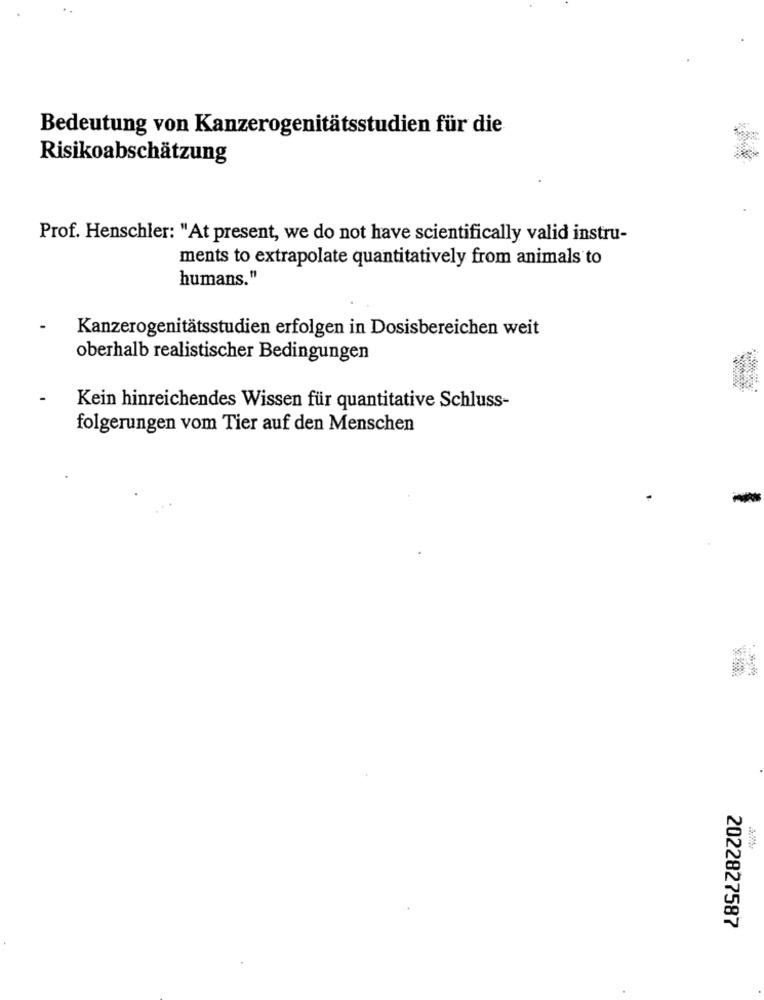
Bedeutung von Kanzerogenitätsstudien für die
Risikoabschätzung
Prof. Henschler: "At present, we do not have scientifically valid instru-
ments to extrapolate quantitatively from animals to
humans."
Kanzerogenitätsstudien erfolgen in Dosisbereichen weit
oberhalb realistischer Bedingungen
Kein hinreichendes Wissen für quantitative Schluss-
folgerungen vom Tier auf den Menschen
2022827587